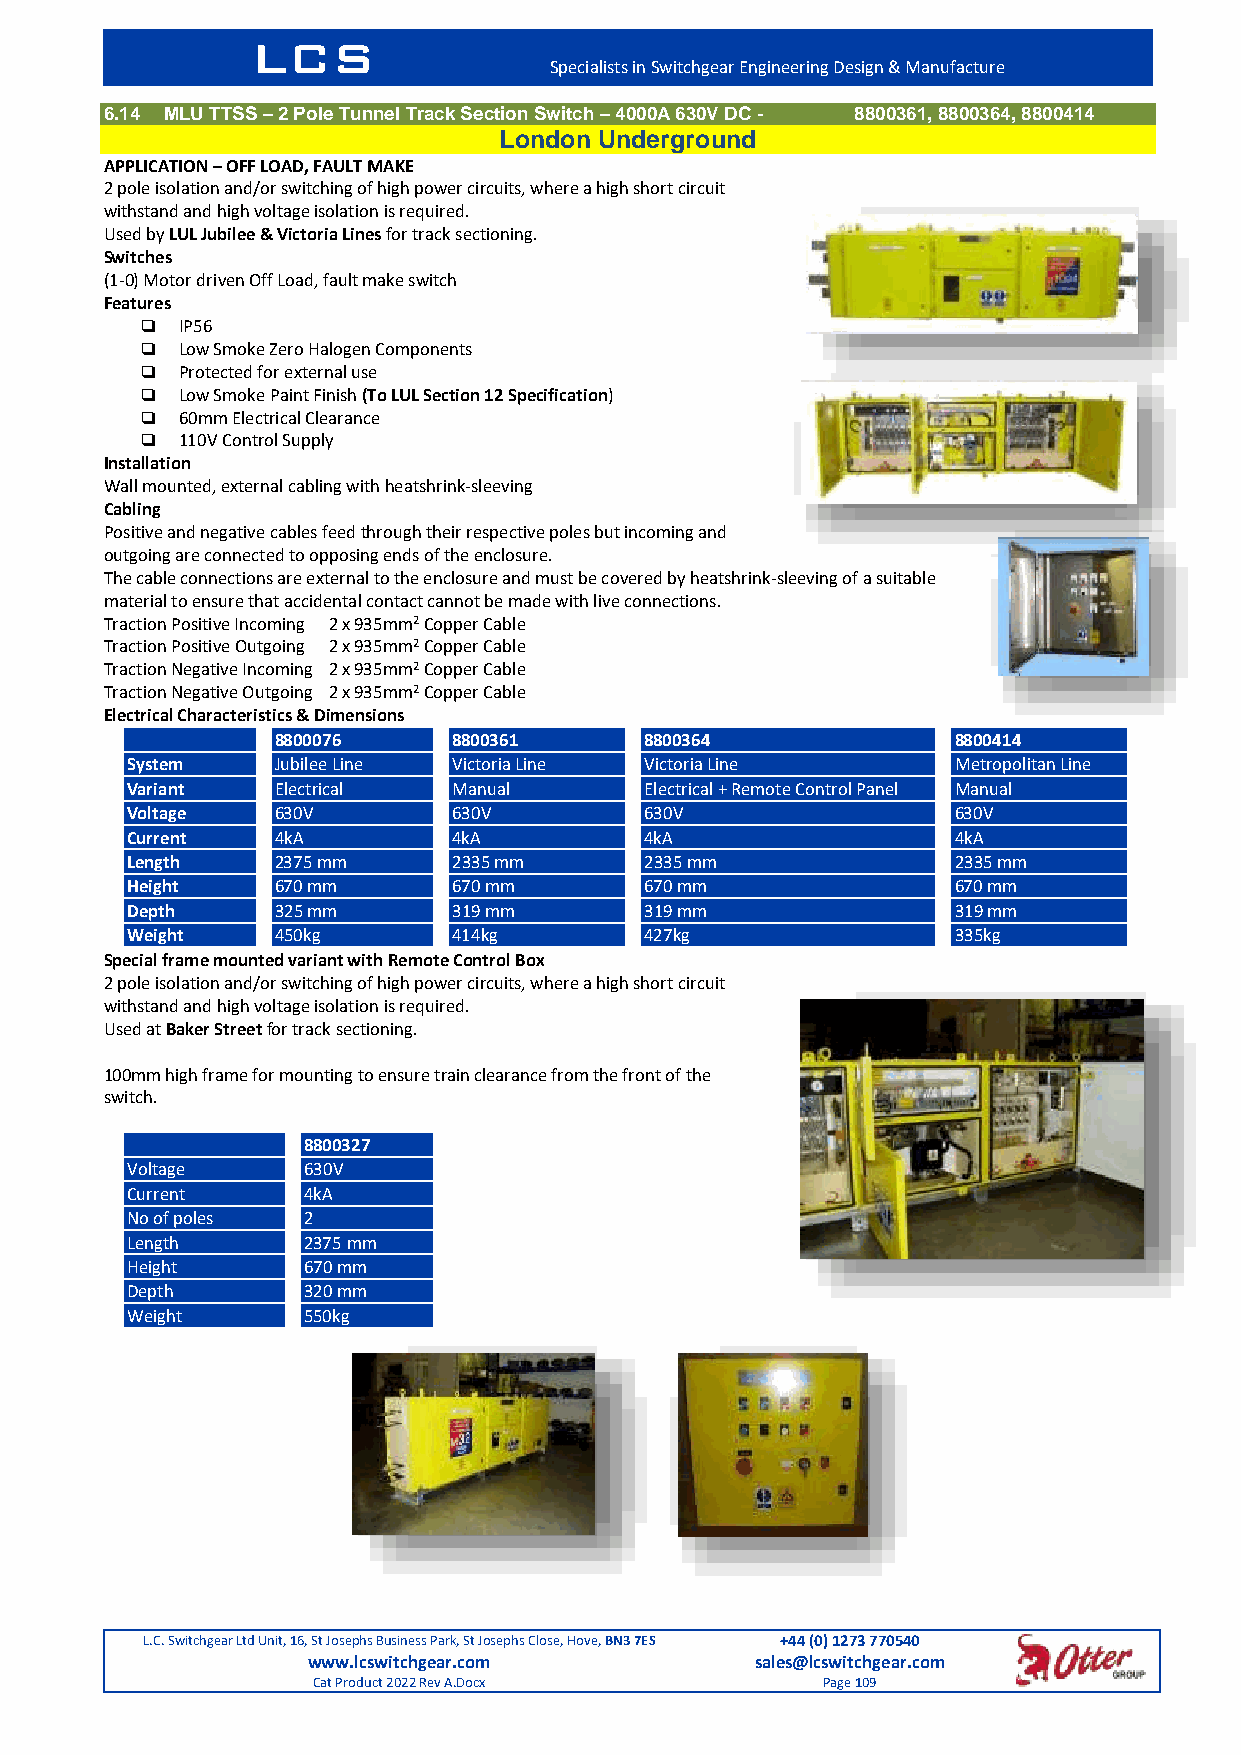
LCS
 Specialists in Switchgear Engineering Design & Manufacture
 6.14 MLU TTSS – 2 Pole Tunnel Track Section Switch – 4000A 630V DC - 8800361, 8800364, 8800414
 London Underground
 APPLICATION – OFF LOAD, FAULT MAKE
 2 pole isolation and/or switching of high power circuits, where a high short circuit
 withstand and high voltage isolation is required.
 Used by LUL Jubilee & Victoria Lines for track sectioning.
 Switches
 (1-0) Motor driven Off Load, fault make switch
 Features
   IP56
   Low Smoke Zero Halogen Components
   Protected for external use
   Low Smoke Paint Finish (To LUL Section 12 Specification)
   60mm Electrical Clearance
   110V Control Supply
 Installation
 Wall mounted, external cabling with heatshrink-sleeving
 Cabling
 Positive and negative cables feed through their respective poles but incoming and
 outgoing are connected to opposing ends of the enclosure.
 The cable connections are external to the enclosure and must be covered by heatshrink-sleeving of a suitable
 material to ensure that accidental contact cannot be made with live connections.
 Traction Positive Incoming 2 x 935mm2 Copper Cable
 Traction Positive Outgoing 2 x 935mm2 Copper Cable
 Traction Negative Incoming 2 x 935mm2 Copper Cable
 Traction Negative Outgoing 2 x 935mm2 Copper Cable
 Electrical Characteristics & Dimensions
 8800076     8800361      8800364             8800414
 System    Jubilee Line Victoria Line Victoria Line     Metropolitan Line
 Variant   Electrical  Manual       Electrical + Remote Control Panel Manual
 Voltage   630V        630V         630V                630V
 Current   4kA         4kA          4kA                 4kA
 Length    2375 mm     2335 mm      2335 mm             2335 mm
 Height    670 mm      670 mm       670 mm              670 mm
 Depth     325 mm      319 mm       319 mm              319 mm
 Weight    450kg       414kg        427kg               335kg
 Special frame mounted variant with Remote Control Box
 2 pole isolation and/or switching of high power circuits, where a high short circuit
 withstand and high voltage isolation is required.
 Used at Baker Street for track sectioning.
 100mm high frame for mounting to ensure train clearance from the front of the
 switch.
 8800327
 Voltage     630V
 Current     4kA
 No of poles 2
 Length      2375 mm
 Height      670 mm
 Depth       320 mm
 Weight      550kg
 L.C. Switchgear Ltd Unit, 16, St Josephs Business Park, St Josephs Close, Hove, BN3 7ES +44 (0) 1273 770540
 www.lcswitchgear.com          sales@lcswitchgear.com
 Cat Product 2022 Rev A.Docx      Page 109